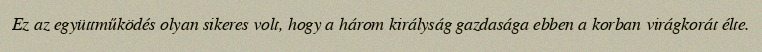
Ez az együttműködés olyan sikeres volt, hogy a három királyság gazdasága ebben a korban virágkorát élte.